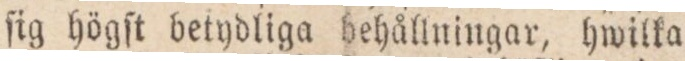
ſig högſt betydliga behållningar, hwilka